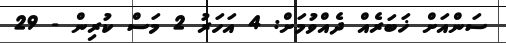
ސަންއަށް ޚަބަރެއް ދެއްވުމަށް: 4 އަހަރު 2 މަސް ކުރިން - 29